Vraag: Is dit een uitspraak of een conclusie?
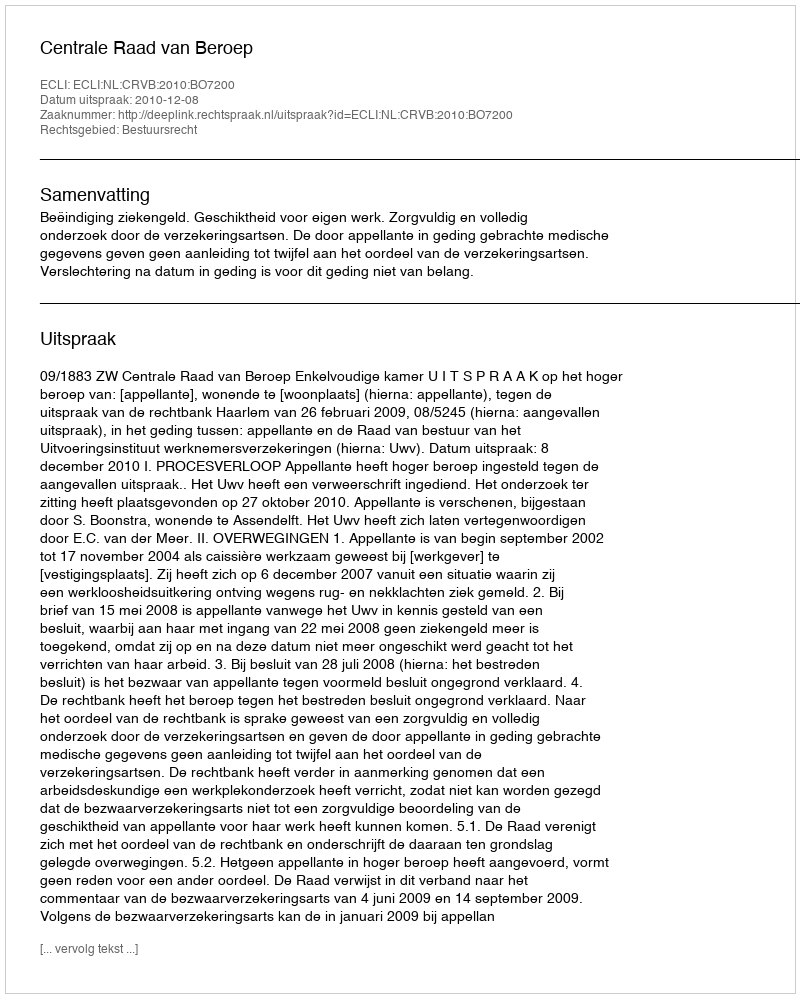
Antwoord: Uitspraak